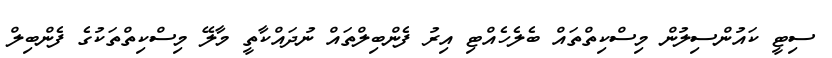
ސިޓީ ކައުންސިލުން މިސްކިތްތައް ބެލެހެއްޓި އިރު ފެންބިލްތައް ނުދައްކާތީ މާލޭ މިސްކިތްތަކުގެ ފެންބިލް